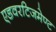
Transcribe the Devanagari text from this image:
एडवरटिजमेण्ट